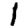
Digit: 1